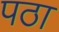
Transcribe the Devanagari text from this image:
पठा